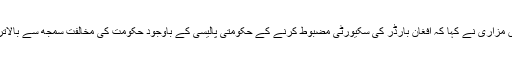
شیریں مزاری نے کہا کہ افغان بارڈر کی سکیورٹی مضبوط کرنے کے حکومتی پالیسی کے باوجود حکومت کی مخالفت سمجھ سے بالاتر ہے۔